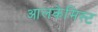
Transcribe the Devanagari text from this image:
आलकेमिस्ट